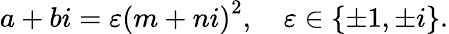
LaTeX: a+bi=\varepsilon\left(m+ni\right)^{2},\quad\varepsilon\in\{ \pm 1,\pm i\} .